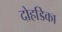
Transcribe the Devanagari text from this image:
दोहडिका